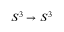
S ^ { 3 } \rightarrow S ^ { 3 }